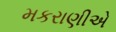
મકરાણીએ